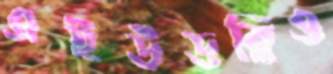
এইউডব্লিও